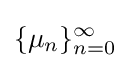
\{\mu _{n}\}_{n=0}^{\infty }